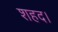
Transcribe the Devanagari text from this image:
शहद।